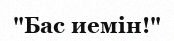
"Бас иемін!"